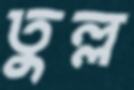
তুল্ল